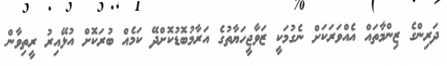
ދަރިންގެ ޒިންމާތައް އެއްވަރަކަށް ނެގުމަކީ ޒަވާޖީހަޔާތުގެ އަރާމުބޮޑުކޮށްދޭ ކަމެއް ބުރަކޮށް އުޅޭއިރު ރީތިވާން